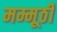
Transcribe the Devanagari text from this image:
मम्मूठी